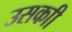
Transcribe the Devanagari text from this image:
उसकाी